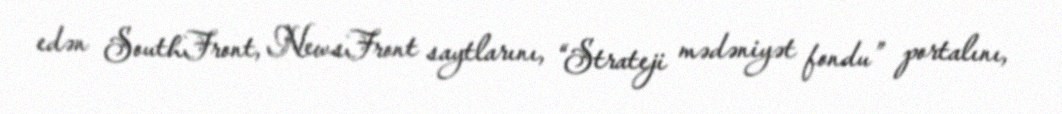
edən SouthFront, NewsFront saytlarını, “Strateji mədəniyət fondu” portalını,